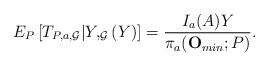
LaTeX: \begin{align*}E_{P}\left[ T_{P,a,\mathcal{G}}|Y,_{\mathcal{G}}\left( Y\right) \right] =\frac{I_{a}(A)Y}{\pi_{a}(\mathbf{O}_{min};P)}.\end{align*}